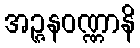
အဉ္ဇနဝဏ္ဏာနိ